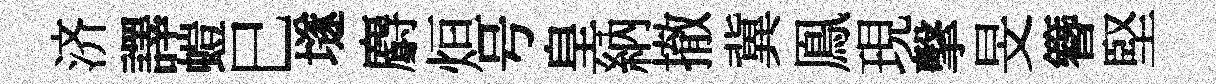
济譯螘巳𡑞麝烜号皇納撤冀鳯現擊旻簪堅